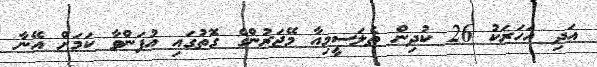
އަދި އަހަރަކު 26 ކުދިން ތެލަސީމިއާ މޭޖަރުންގެ ގޮތުގައި އުފަންވާ ކަމަށް އޭނާ